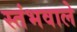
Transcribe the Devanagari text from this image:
स्तंभवाले